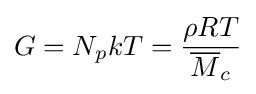
G=N_{p}kT={\rho RT \over {\overline {M}}_{c}}